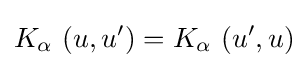
K_{\alpha }~(u,u')=K_{\alpha }~(u',u)